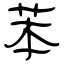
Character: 苯